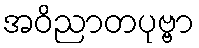
အဝိညာတပုဗ္ဗာ